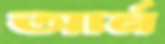
আর্ন